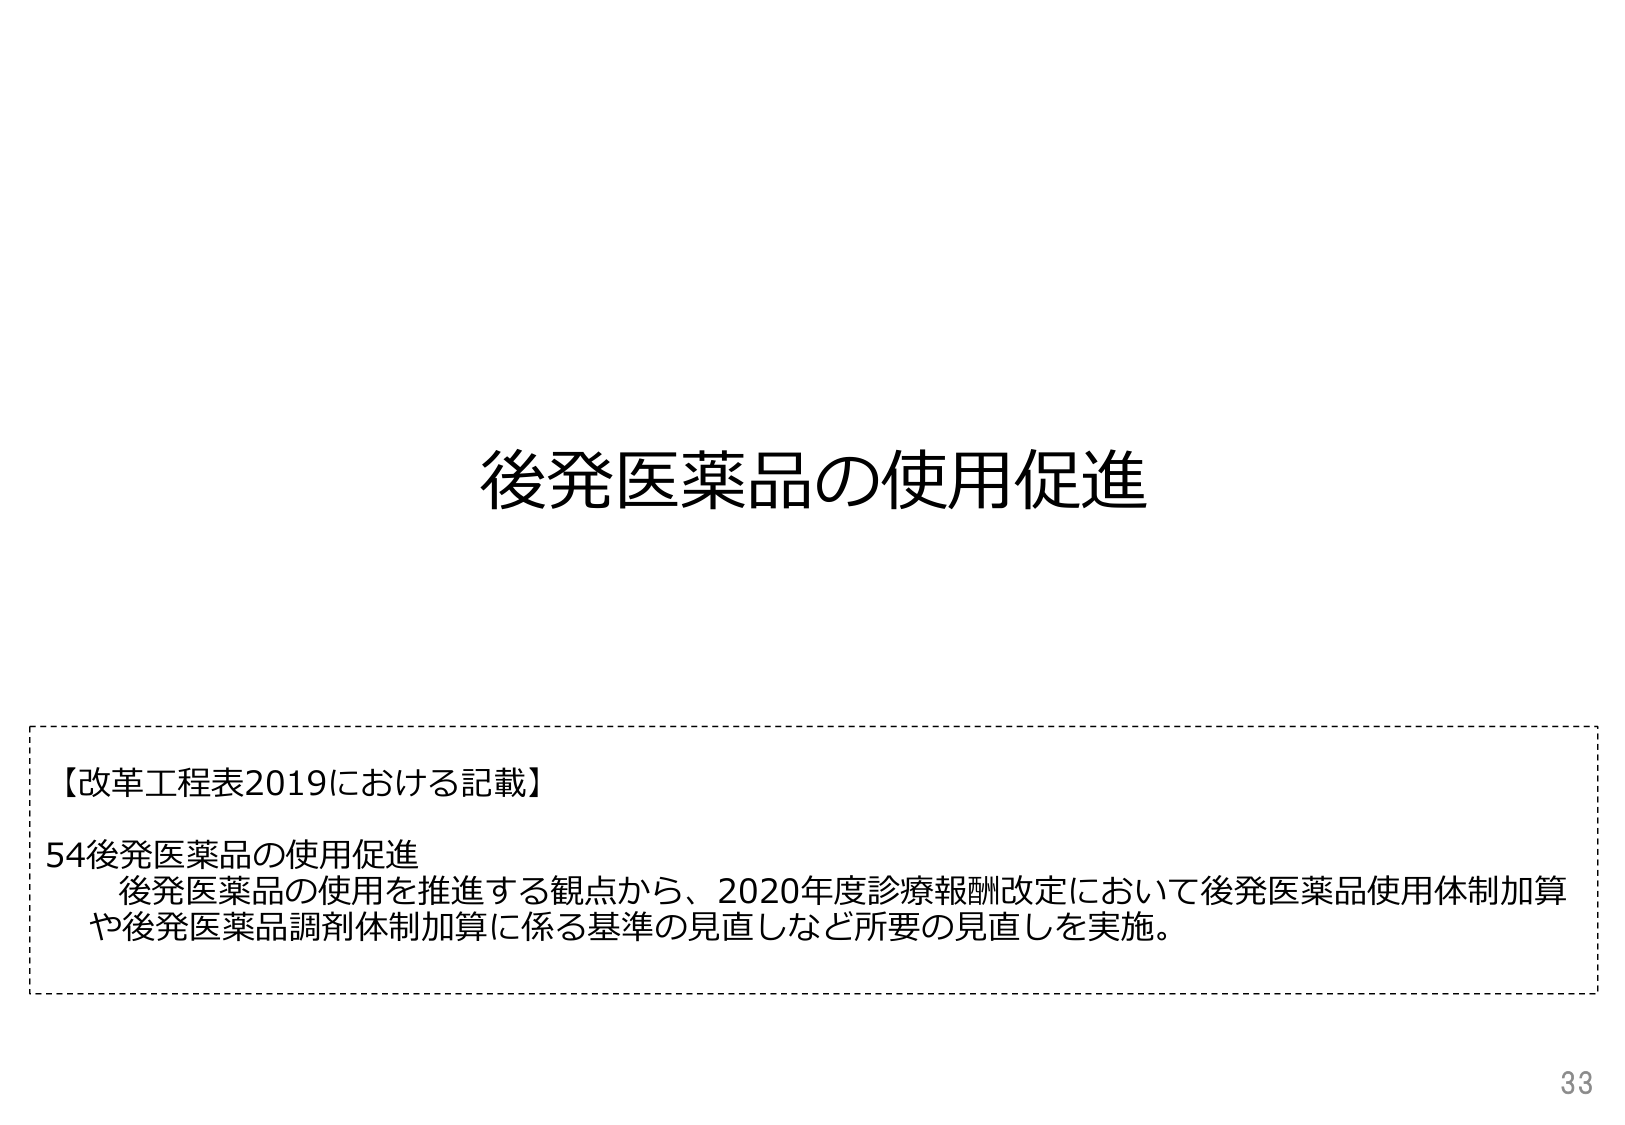
後発医薬品の使用促進

【改革工程表2019における記載】
54後発医薬品の使用促進
　後発医薬品の使用を推進する観点から、2020年度診療報酬改定において後発医薬品使用体制加算
　や後発医薬品調剤体制加算に係る基準の見直しなど所要の見直しを実施。

33